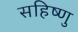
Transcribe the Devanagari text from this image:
सहिष्‍णु